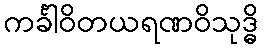
ကင်္ခါဝိတယရဏဝိသုဒ္ဓိ